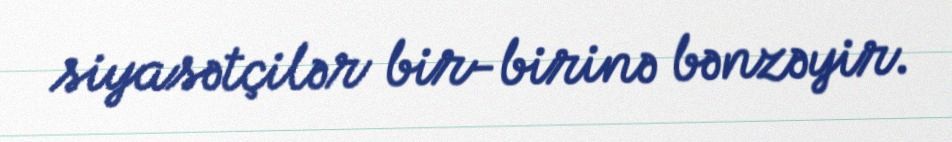
siyasətçilər bir-birinə bənzəyir.